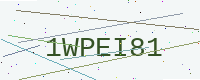
Text: 1WPEI81